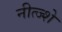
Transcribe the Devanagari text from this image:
नीत्ज्शे